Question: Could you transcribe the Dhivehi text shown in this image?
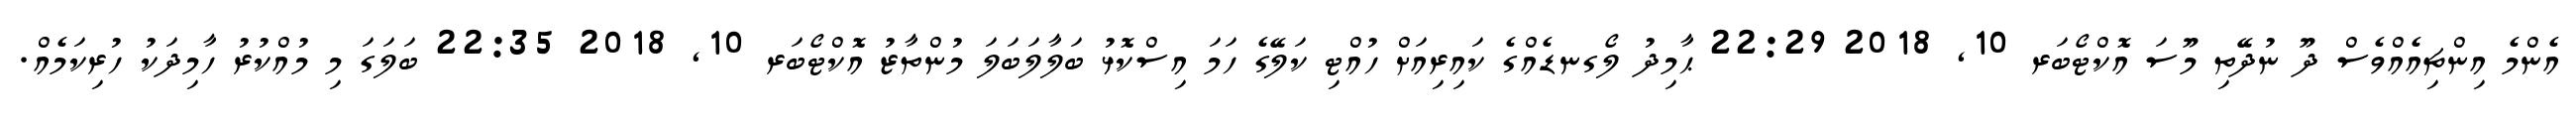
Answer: އެންމެ އިންޗިއެއްވެސް ދޫ ނުދޭތި މޫސަ އޮކްޓޯބަރ 10, 2018 22:29 ޙާމިދު ލޯގނޑެއްގެ ކައިރިއަށް ހުއްޓި ކަލޭގެ ހަމަ އިސްކޮޅު ބަލާލަބަލަ މުންތާޒު އޮކްޓޯބަރ 10, 2018 22:35 ބަލަގަ މި މުއްކުރު ހާމިދަކު ހުރިކަމެއް.